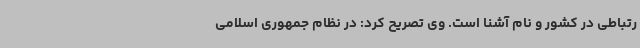
رتباطی در کشور و نام آشنا است. وی تصریح کرد: در نظام جمهوری اسلامی